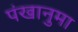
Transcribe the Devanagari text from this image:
पंखानुमा